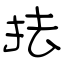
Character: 抾